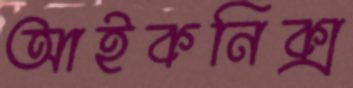
আইকনিক্স